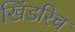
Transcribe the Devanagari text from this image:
खिंडरिच